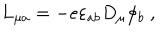
L _ { \mu a } = - e \varepsilon _ { a b } D _ { \mu } \phi _ { b } \ ,